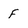
Character: F